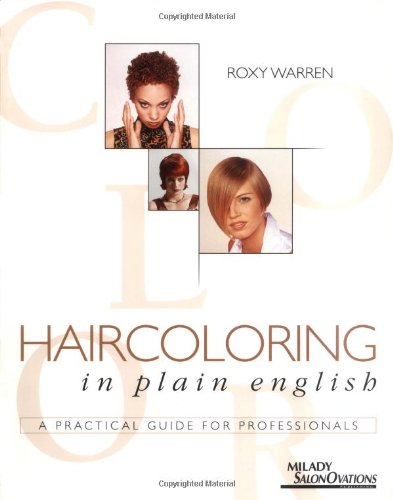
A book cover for Haircoloring in Plain English: A Practical Guide for Professionals; Roxy Warren; Health, Fitness & Dieting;